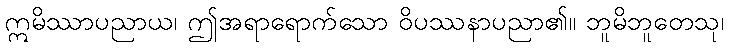
ဣမိဿာပညာယ၊ ဤအရာရောက်သော ဝိပဿနာပညာ၏။ ဘူမိဘူတေသု၊